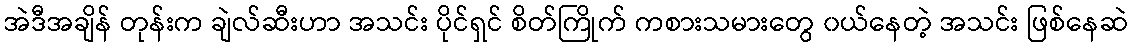
အဲဒီအချိန် တုန်းက ချဲလ်ဆီးဟာ အသင်း ပိုင်ရှင် စိတ်ကြိုက် ကစားသမားတွေ ၀ယ်နေတဲ့ အသင်း ဖြစ်နေဆဲ